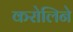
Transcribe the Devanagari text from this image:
करोलिने